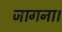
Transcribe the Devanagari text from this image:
जागना।